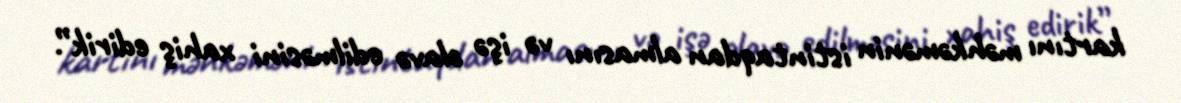
kartını məhkəmənin istintaqdan almasını və işə əlavə edilməsini xahiş edirik”.